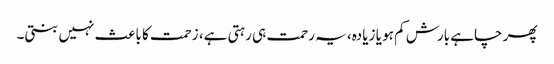
پھر چاہے بارش کم ہو یا زیادہ، یہ رحمت ہی رہتی ہے، زحمت کا باعث نہیں بنتی۔